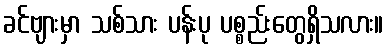
ခင်ဗျားမှာ သစ်သား ပန်းပု ပစ္စည်းတွေရှိသလား။